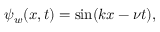
\psi _ { w } ( x , t ) = \sin ( k x - \nu t ) ,